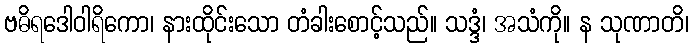
ဗဓိရဒေါဝါရိကော၊ နားထိုင်းသော တံခါးစောင့်သည်။ သဒ္ဒံ၊ အသံကို။ န သုဏာတိ၊